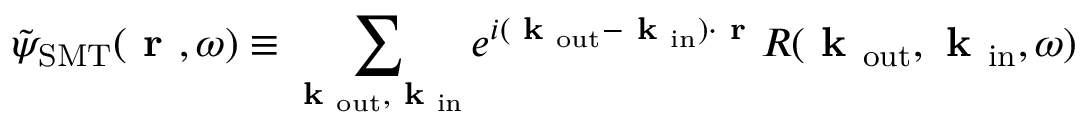
\Tilde { \psi } _ { \mathrm { S M T } } ( \textbf { r } , \omega ) \equiv \sum _ { \mathrm { \textbf { k } _ { o u t } , \textbf { k } _ { \mathrm { i n } } } } e ^ { i ( \textbf { k } _ { \mathrm { o u t } } - \textbf { k } _ { \mathrm { i n } } ) \cdot \textbf { r } } R ( \textbf { k } _ { \mathrm { o u t } } , \textbf { k } _ { \mathrm { i n } } , \omega )